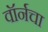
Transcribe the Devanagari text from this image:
वॉर्नचा